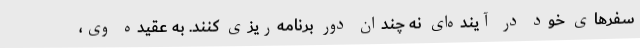
سفرهای خود در آینده‌ای نه چندان دور برنامه‌ریزی کنند. به عقیده وی،